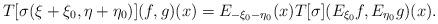
LaTeX: \begin{align*}T[\sigma (\xi + \xi_0, \eta + \eta_{0})] (f, g)(x)=E_{-\xi_0 - \eta_0} (x) T[\sigma] (E_{\xi_0} f, E_{\eta_0}g ) (x). \end{align*}